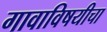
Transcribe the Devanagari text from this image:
गावाविषयीचा